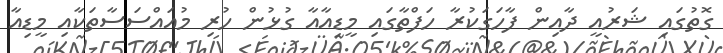
ގޮތުގައި ޝަރުއީ ދާއިން ފާހަގަކުރާ ހަފްތާގައި މީޑިއާއާ ގުޅުން ހުރި މުއައްސަސާތަކާއި މީޑިއާ